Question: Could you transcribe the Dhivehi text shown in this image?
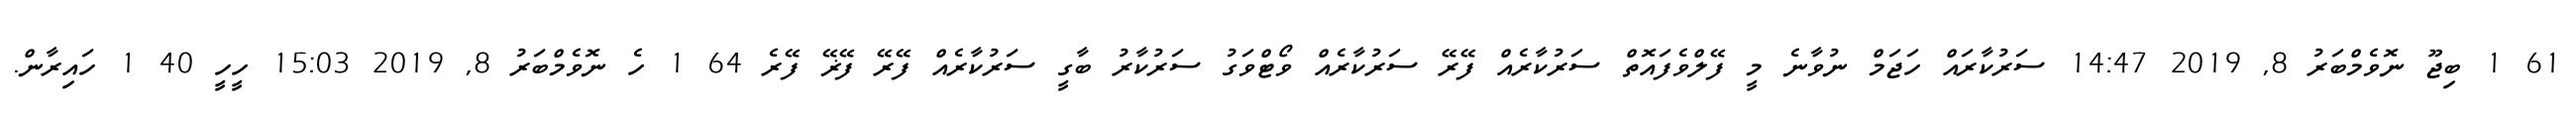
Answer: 61 1 ބިޖޫ ނޮވެމްބަރު 8, 2019 14:47 ސަރުކާރައް ހަޖަމް ނުވާނެ މީ ފޭލްވެފައޮތް ސަރުކާރެއް ފޭރޭ ސަރުކާރެއް ވޯޓްވަގު ސަރުކާރު ބާގީ ސަރުކާރެއް ފޭރޭ ފޭޜޭ ފޭރެ 64 1 ހެ ނޮވެމްބަރު 8, 2019 15:03 ހީހީ 40 1 ހައިރާން.